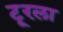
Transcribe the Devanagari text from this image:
टूरला